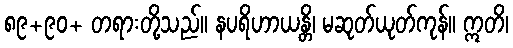
၈၉+၉၀+ တရားတို့သည်။ နပရိဟာယန္တိ၊ မဆုတ်ယုတ်ကုန်။ ဣတိ၊